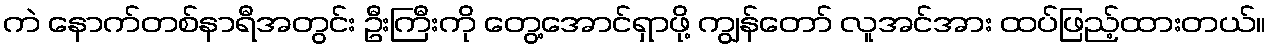
ကဲ နောက်တစ်နာရီအတွင်း ဦးကြီးကို တွေ့အောင်ရှာဖို့ ကျွန်တော် လူအင်အား ထပ်ဖြည့်ထားတယ်။